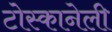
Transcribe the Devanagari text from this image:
टोस्कानेली